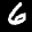
Label: 6